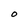
Character: 0